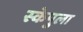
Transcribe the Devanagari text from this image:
स्केपुला